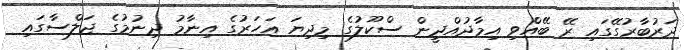
ދަރުބާރުގޭގައި ރޭ ބޭއްވި އިމާދުއްދީން ސްކޫލުގެ މިދިޔަ އަހަރުގެ އިނާމު ދިނުމުގެ ޖަލްސާގައި